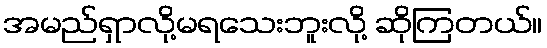
အမည်ရှာလို့မရသေးဘူးလို့ ဆိုကြတယ်။